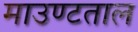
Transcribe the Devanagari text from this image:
माउण्टताल